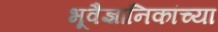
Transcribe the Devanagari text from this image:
भूवैज्ञानिकांच्या